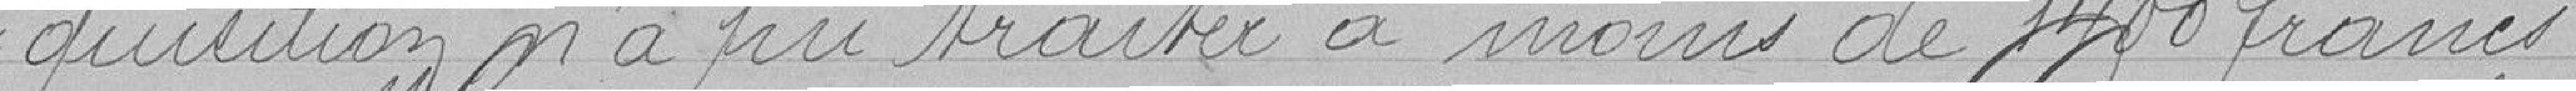
=quisition n'a pu traiter à moins de 1400 francs.